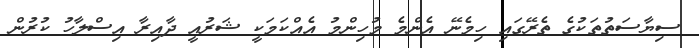
ސިޔާސަތުތަކުގެ ތެރޭގައި ހިމެނޭ އެންމެ މުހިންމު އެއްކަމަކީ ޝަރުއީ ދާއިރާ އިސްލާހު ކުރުން